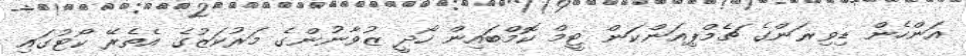
އަންހެން ޑިވިޜަންގެ ޗެމްޕިއަންކަން ޓީމް ކޮމްބައިން ހޯދީ ޒުވާނުންގެ މަރުކަޒުގެ އެތެރޭ ކޯޓުގައި